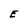
Character: E